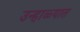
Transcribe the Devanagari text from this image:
उन्‍हाळ्यात